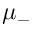
\mu _ { - }